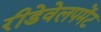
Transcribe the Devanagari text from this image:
रीडेवेलपमेंट